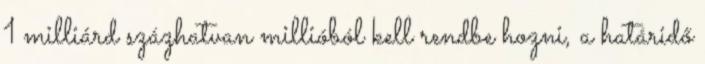
1 milliárd százhatvan millióból kell rendbe hozni, a határidő